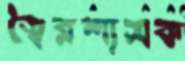
স্বৈরশাসক